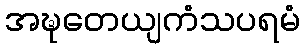
အဍ္ဎတေယျကံသပရမံ